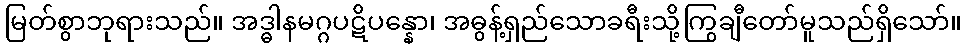
မြတ်စွာဘုရားသည်။ အဒ္ဓါနမဂ္ဂပဋိပန္နော၊ အဓွန့်ရှည်သောခရီးသို့ကြွချီတော်မူသည်ရှိသော်။